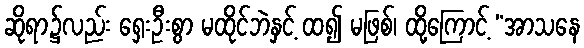
ဆိုရာ၌လည်း ရှေးဦးစွာ မထိုင်ဘဲနှင့် ထ၍ မဖြစ်၊ ထို့ကြောင့် “အာသနေ